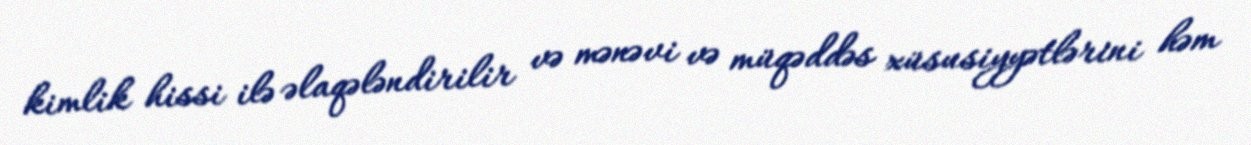
kimlik hissi ilə əlaqələndirilir və mənəvi və müqəddəs xüsusiyyətlərini həm